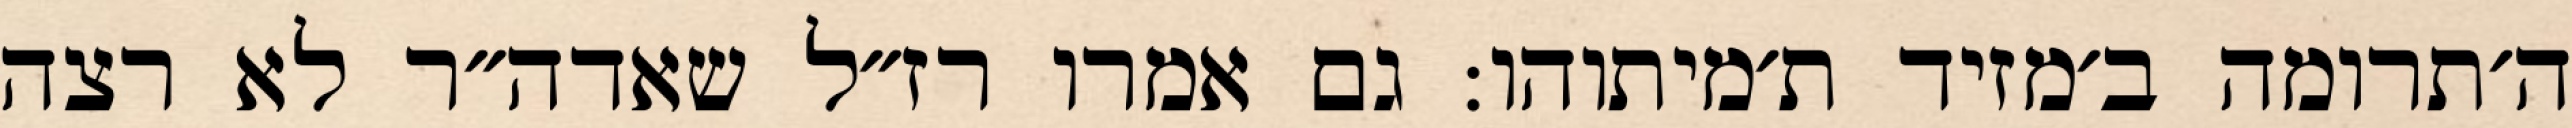
ה׳תרומה ב׳מזיד ת׳מיתוהו: גם אמרו רז״ל שאדה״ר לא רצה